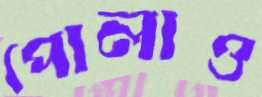
পোলাও